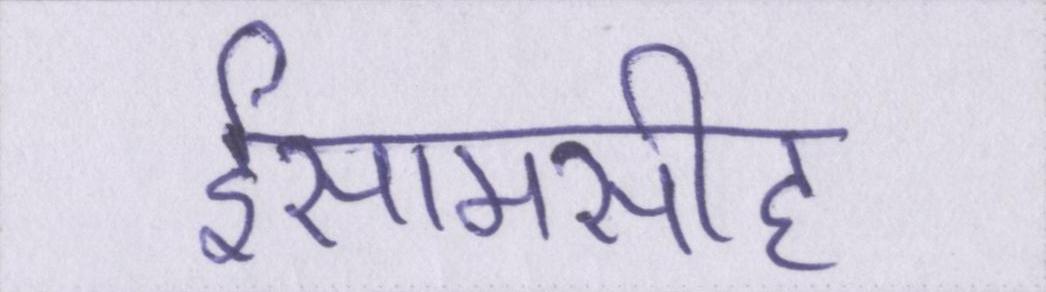
ईसामसीह